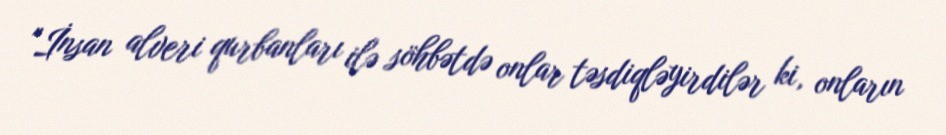
"İnsan alveri qurbanları ilə söhbətdə onlar təsdiqləyirdilər ki, onların